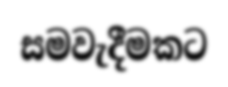
සමවැදීමකට